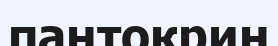
пантокрин